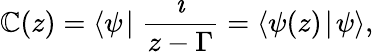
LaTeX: \mathbb{C}(z)=\langle\psi\! \mid\frac{{\imath}}{{z-\Gamma}}=\langle\psi(z)\! \mid\! \psi\rangle,